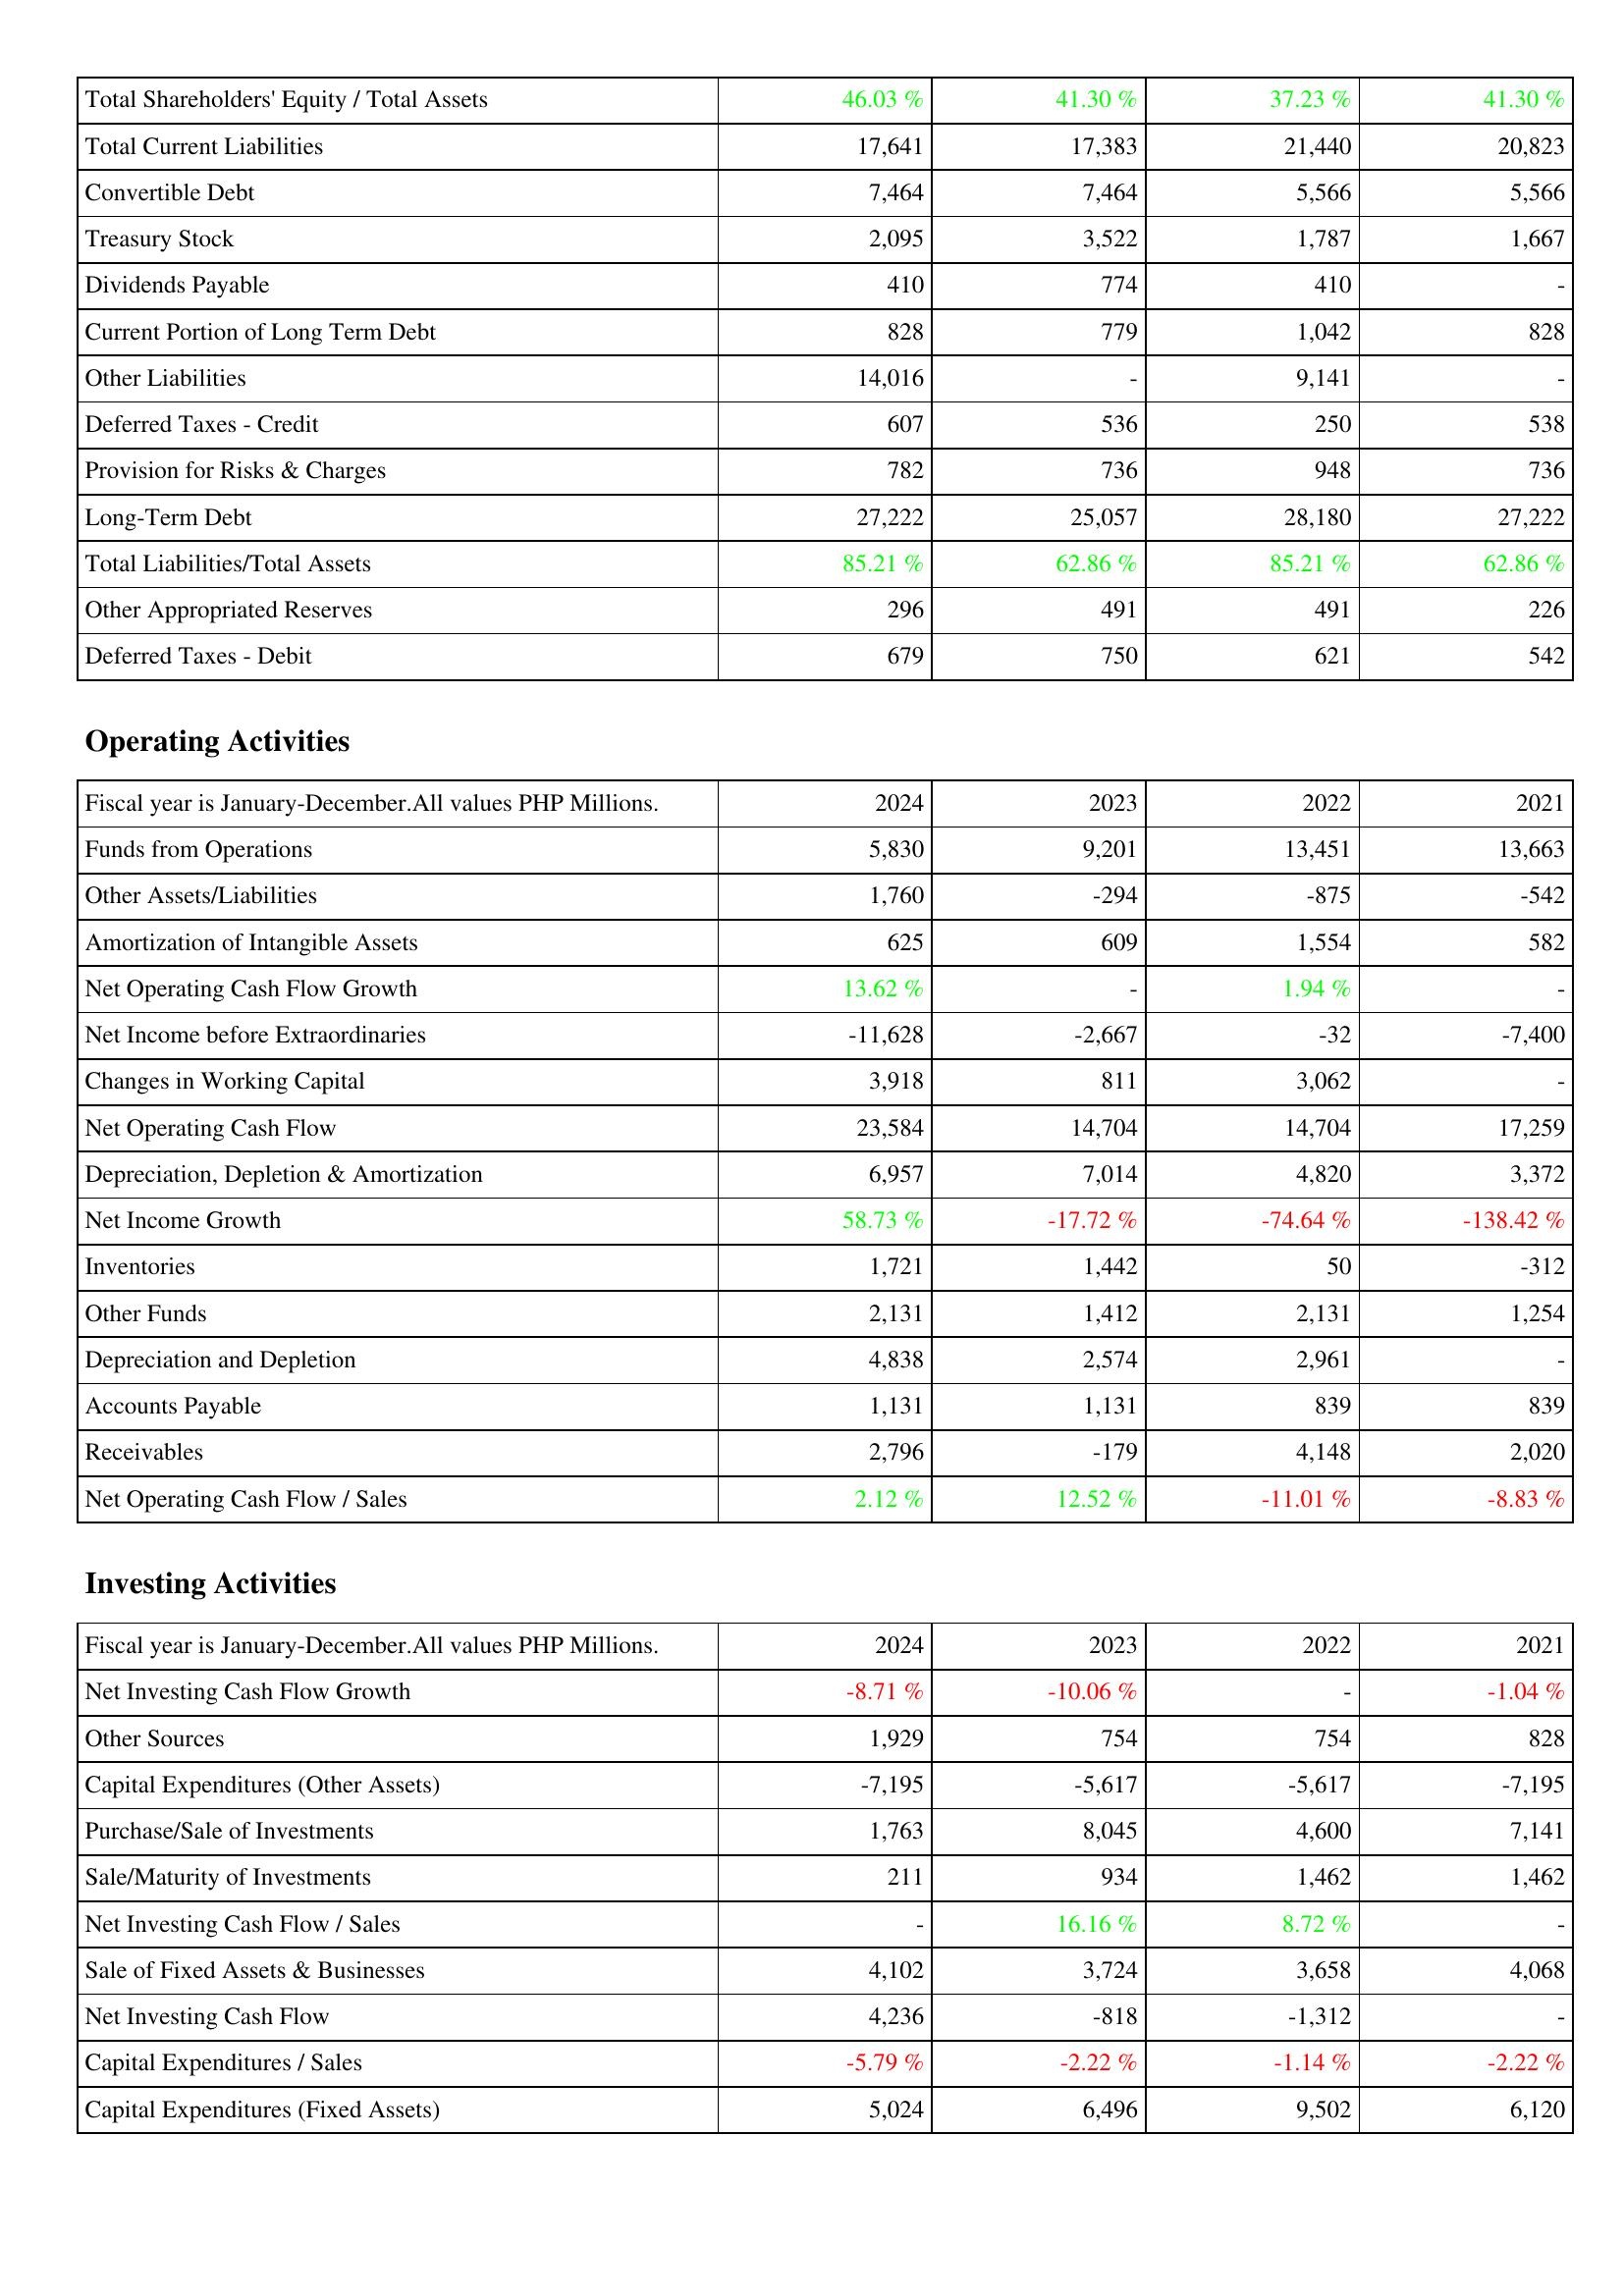
2024: Liabilities & Shareholders' Equity: Total Shareholders' Equity / Total Assets: 46.03 %
Total Current Liabilities: 17,641
Convertible Debt: 7,464
Treasury Stock: 2,095
Dividends Payable: 410
Current Portion of Long Term Debt: 828
Other Liabilities: 14,016
Deferred Taxes - Credit: 607
Provision for Risks & Charges: 782
Long-Term Debt: 27,222
Total Liabilities/Total Assets: 85.21 %
Other Appropriated Reserves: 296
Deferred Taxes - Debit: 679
Operating Activities: Funds from Operations: 5,830
Other Assets/Liabilities: 1,760
Amortization of Intangible Assets: 625
Net Operating Cash Flow Growth: 13.62 %
Net Income before Extraordinaries: -11,628
Changes in Working Capital: 3,918
Net Operating Cash Flow: 23,584
Depreciation, Depletion & Amortization: 6,957
Net Income Growth: 58.73 %
Inventories: 1,721
Other Funds: 2,131
Depreciation and Depletion: 4,838
Accounts Payable: 1,131
Receivables: 2,796
Net Operating Cash Flow / Sales: 2.12 %
Investing Activities: Net Investing Cash Flow Growth: -8.71 %
Other Sources: 1,929
Capital Expenditures (Other Assets): -7,195
Purchase/Sale of Investments: 1,763
Sale/Maturity of Investments: 211
Net Investing Cash Flow / Sales: -
Sale of Fixed Assets & Businesses: 4,102
Net Investing Cash Flow: 4,236
Capital Expenditures / Sales: -5.79 %
Capital Expenditures (Fixed Assets): 5,024
2023: Liabilities & Shareholders' Equity: Total Shareholders' Equity / Total Assets: 41.30 %
Total Current Liabilities: 17,383
Convertible Debt: 7,464
Treasury Stock: 3,522
Dividends Payable: 774
Current Portion of Long Term Debt: 779
Other Liabilities: -
Deferred Taxes - Credit: 536
Provision for Risks & Charges: 736
Long-Term Debt: 25,057
Total Liabilities/Total Assets: 62.86 %
Other Appropriated Reserves: 491
Deferred Taxes - Debit: 750
Operating Activities: Funds from Operations: 9,201
Other Assets/Liabilities: -294
Amortization of Intangible Assets: 609
Net Operating Cash Flow Growth: -
Net Income before Extraordinaries: -2,667
Changes in Working Capital: 811
Net Operating Cash Flow: 14,704
Depreciation, Depletion & Amortization: 7,014
Net Income Growth: -17.72 %
Inventories: 1,442
Other Funds: 1,412
Depreciation and Depletion: 2,574
Accounts Payable: 1,131
Receivables: -179
Net Operating Cash Flow / Sales: 12.52 %
Investing Activities: Net Investing Cash Flow Growth: -10.06 %
Other Sources: 754
Capital Expenditures (Other Assets): -5,617
Purchase/Sale of Investments: 8,045
Sale/Maturity of Investments: 934
Net Investing Cash Flow / Sales: 16.16 %
Sale of Fixed Assets & Businesses: 3,724
Net Investing Cash Flow: -818
Capital Expenditures / Sales: -2.22 %
Capital Expenditures (Fixed Assets): 6,496
2022: Liabilities & Shareholders' Equity: Total Shareholders' Equity / Total Assets: 37.23 %
Total Current Liabilities: 21,440
Convertible Debt: 5,566
Treasury Stock: 1,787
Dividends Payable: 410
Current Portion of Long Term Debt: 1,042
Other Liabilities: 9,141
Deferred Taxes - Credit: 250
Provision for Risks & Charges: 948
Long-Term Debt: 28,180
Total Liabilities/Total Assets: 85.21 %
Other Appropriated Reserves: 491
Deferred Taxes - Debit: 621
Operating Activities: Funds from Operations: 13,451
Other Assets/Liabilities: -875
Amortization of Intangible Assets: 1,554
Net Operating Cash Flow Growth: 1.94 %
Net Income before Extraordinaries: -32
Changes in Working Capital: 3,062
Net Operating Cash Flow: 14,704
Depreciation, Depletion & Amortization: 4,820
Net Income Growth: -74.64 %
Inventories: 50
Other Funds: 2,131
Depreciation and Depletion: 2,961
Accounts Payable: 839
Receivables: 4,148
Net Operating Cash Flow / Sales: -11.01 %
Investing Activities: Net Investing Cash Flow Growth: -
Other Sources: 754
Capital Expenditures (Other Assets): -5,617
Purchase/Sale of Investments: 4,600
Sale/Maturity of Investments: 1,462
Net Investing Cash Flow / Sales: 8.72 %
Sale of Fixed Assets & Businesses: 3,658
Net Investing Cash Flow: -1,312
Capital Expenditures / Sales: -1.14 %
Capital Expenditures (Fixed Assets): 9,502
2021: Liabilities & Shareholders' Equity: Total Shareholders' Equity / Total Assets: 41.30 %
Total Current Liabilities: 20,823
Convertible Debt: 5,566
Treasury Stock: 1,667
Dividends Payable: -
Current Portion of Long Term Debt: 828
Other Liabilities: -
Deferred Taxes - Credit: 538
Provision for Risks & Charges: 736
Long-Term Debt: 27,222
Total Liabilities/Total Assets: 62.86 %
Other Appropriated Reserves: 226
Deferred Taxes - Debit: 542
Operating Activities: Funds from Operations: 13,663
Other Assets/Liabilities: -542
Amortization of Intangible Assets: 582
Net Operating Cash Flow Growth: -
Net Income before Extraordinaries: -7,400
Changes in Working Capital: -
Net Operating Cash Flow: 17,259
Depreciation, Depletion & Amortization: 3,372
Net Income Growth: -138.42 %
Inventories: -312
Other Funds: 1,254
Depreciation and Depletion: -
Accounts Payable: 839
Receivables: 2,020
Net Operating Cash Flow / Sales: -8.83 %
Investing Activities: Net Investing Cash Flow Growth: -1.04 %
Other Sources: 828
Capital Expenditures (Other Assets): -7,195
Purchase/Sale of Investments: 7,141
Sale/Maturity of Investments: 1,462
Net Investing Cash Flow / Sales: -
Sale of Fixed Assets & Businesses: 4,068
Net Investing Cash Flow: -
Capital Expenditures / Sales: -2.22 %
Capital Expenditures (Fixed Assets): 6,120